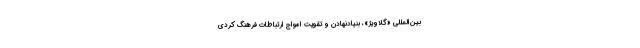
بین‌المللی «گلاویژ»، بنیادنهادن و تقویت امواج ارتباطات فرهنگ کُردی